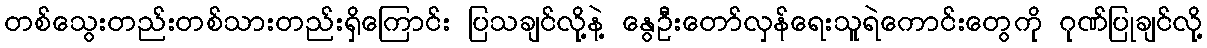
တစ်သွေးတည်းတစ်သားတည်းရှိကြောင်း ပြသချင်လို့နဲ့ နွေဦးတော်လှန်ရေးသူရဲကောင်းတွေကို ဂုဏ်ပြုချင်လို့